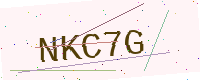
Text: NKC7G